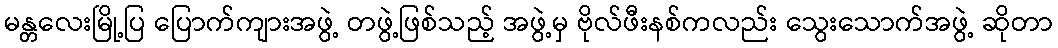
မန္တလေးမြို့ပြ ပြောက်ကျားအဖွဲ့ တဖွဲ့ဖြစ်သည့် အဖွဲ့မှ ဗိုလ်ဖီးနစ်ကလည်း သွေးသောက်အဖွဲ့ ဆိုတာ